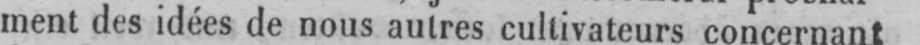
ment des idées de nous autres cultivateurs concernant